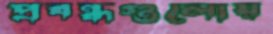
প্রবন্ধগুলোয়